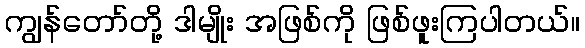
ကျွန်တော်တို့ ဒါမျိုး အဖြစ်ကို ဖြစ်ဖူးကြပါတယ်။